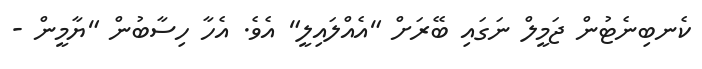
ކެނބިނެޓުން ޖަމީލް ނަގައި ބޭރަށް "އެއްލައިލީ" އެވެ. އެހާ ހިސާބުން "ޔާމީން -